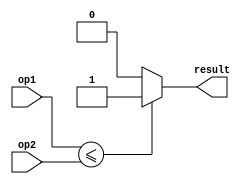
module less_than_eq(input [31:0] op1, input [31:0] op2, output reg result);

  always @ (op1, op2)
  begin
    if (op1 <= op2)
      result = 1;
    else
      result = 0;
  end

endmodule